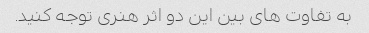
به تفاوت های بین این دو اثر هنری توجه کنید.